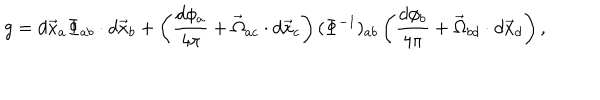
g = d \vec { x } _ { a } \Phi _ { a b } \cdot d \vec { x } _ { b } + \left( \frac { d \phi _ { a } } { 4 \pi } + \vec { \Omega } _ { a c } \cdot d \vec { x } _ { c } \right) ( \Phi ^ { - 1 } ) _ { a b } \left( \frac { d \phi _ { b } } { 4 \pi } + \vec { \Omega } _ { b d } \cdot d \vec { x } _ { d } \right) ,